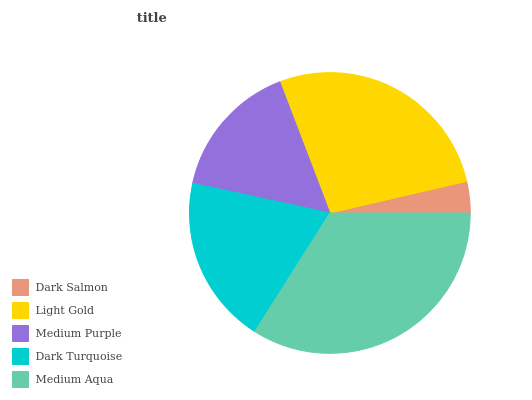
| Dark Salmon | Light Gold | Medium Purple | Dark Turquoise | Medium Aqua |
 | --- | --- | --- | --- | --- |
 | 3.61% | 27.2% | 15.8% | 19.4% | 34% |